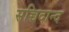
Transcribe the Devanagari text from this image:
सच्चिदान्द